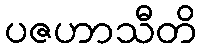
ပဇဟာသီတိ